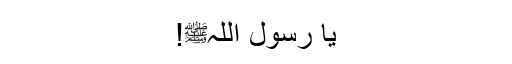
یا رسول اللہﷺ!